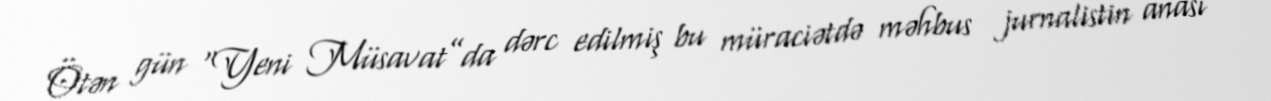
Ötən gün “Yeni Müsavat”da dərc edilmiş bu müraciətdə məhbus jurnalistin anası